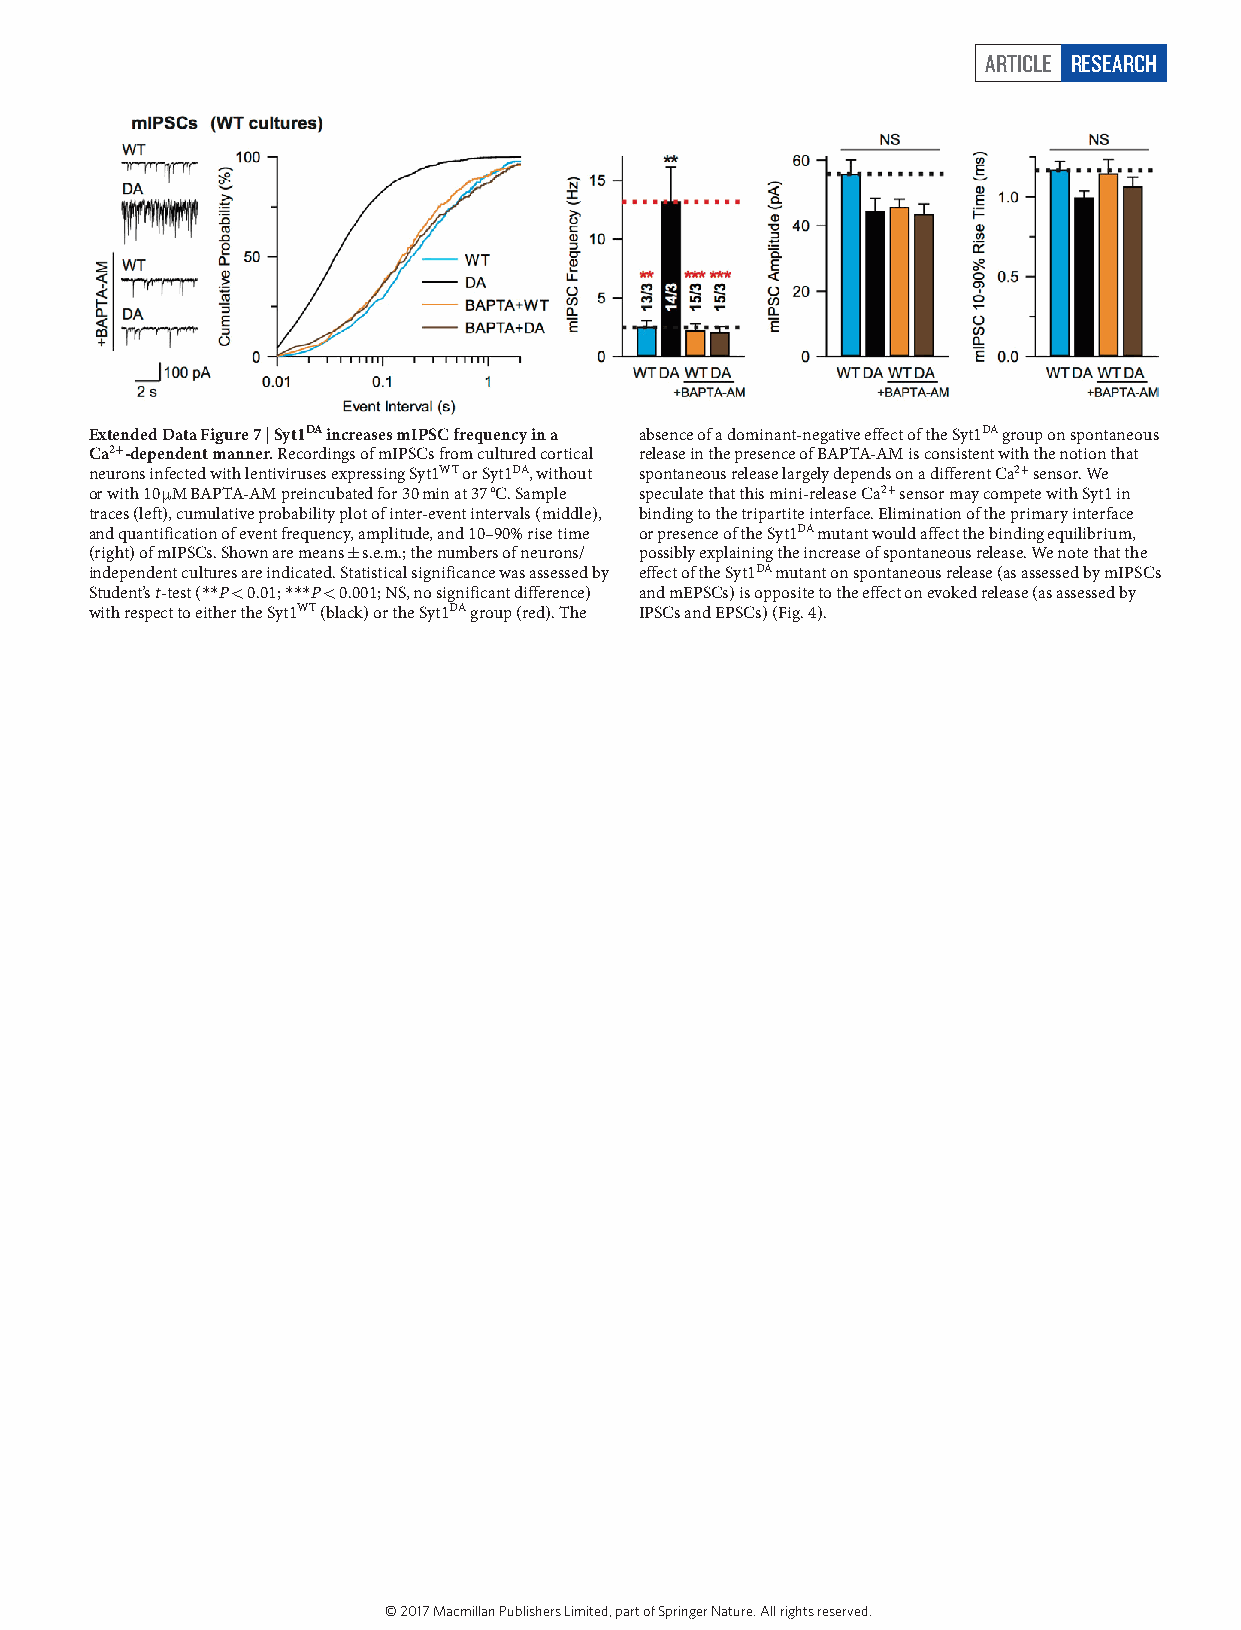
ARTICLE RESEARCH
 Extended Data Figure 7 | Syt1DA increases mIPSC frequency in a absence of a dominant-negative effect of the Syt1DA group on spontaneous
 Ca2+-dependent manner. Recordings of mIPSCs from cultured cortical release in the presence of BAPTA-AM is consistent with the notion that
 neurons infected with lentiviruses expressing Syt1WT or Syt1DA, without spontaneous release largely depends on a different Ca2+ sensor. We
 or with 10 µ M BAPTA-AM preincubated for 30 min at 37 °C. Sample speculate that this mini-release Ca2+ sensor may compete with Syt1 in
 traces (left), cumulative probability plot of inter-event intervals (middle), binding to the tripartite interface. Elimination of the primary interface
 and quantification of event frequency, amplitude, and 10–90% rise time or presence of the Syt1DA mutant would affect the binding equilibrium,
 (right) of mIPSCs. Shown are means ± s.e.m.; the numbers of neurons/ possibly explaining the increase of spontaneous release. We note that the
 independent cultures are indicated. Statistical significance was assessed by effect of the Syt1DA mutant on spontaneous release (as assessed by mIPSCs
 Student’s t-test (* * P < 0.01; * * * P < 0.001; NS, no significant difference) and mEPSCs) is opposite to the effect on evoked release (as assessed by
 with respect to either the Syt1WT (black) or the Syt1DA group (red). The IPSCs and EPSCs) (Fig. 4).
 © 2017 Macmillan Publishers Limited, part of Springer Nature. All rights reserved.